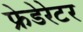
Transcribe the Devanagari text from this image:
फ्रेडेरेटर